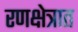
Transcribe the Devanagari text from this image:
रणक्षेत्रात